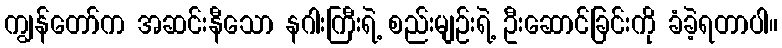
ကျွန်တော်က အဆင်းနီသော နဂါးကြီးရဲ့ စည်းမျဉ်းရဲ့ ဦးဆောင်ခြင်းကို ခံခဲ့ရတာပါ။